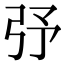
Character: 𢎻